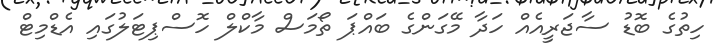
ހިތުގެ ބޮޑު ސާޖަރީއެއް ހަދާ މޭގަންގެ ބައްޕަ ތޯމަސް މާކްލް ހޮސްޕިޓަލުގައި އެޑްމިޓް